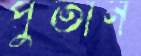
পুঁতান